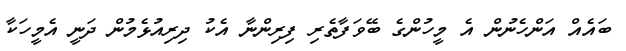
ބައެއް އަންހެނުން އެ މީހުންގެ ބޭވަފާތެރި ފިރިންނާ އެކު ދިރިއުޅެމުން ދަނީ އެމީހަކާ